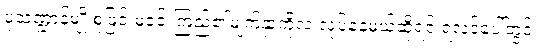
ပုံသဏ္ဍာန်မျိုးစုံဖြင့် မဝင်းကြည်၏မျက်နှာကိုလဲ လုပ်နေမယ်ဆိုရင် ရလဒ်ပေါ်တွင်